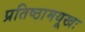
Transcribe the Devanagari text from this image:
प्रतिष्ठामयूखः